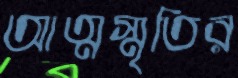
আত্মস্মৃতির